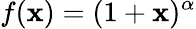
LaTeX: f(\mathbf{x})=(1+\mathbf{x})^{\alpha}